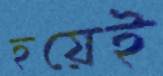
হয়েই